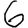
Digit: 6